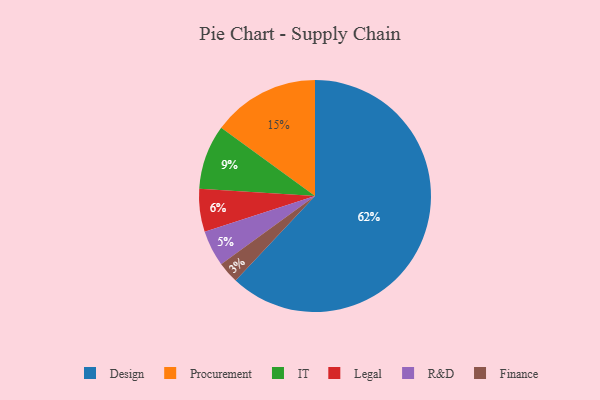
{"axis": {"x": "Category", "y": "Percentage"}, "legend": ["Design", "Finance", "IT", "Legal", "Procurement", "R&D"], "data": [{"x": "Legal", "y": 6, "type": "Legal"}, {"x": "Procurement", "y": 15, "type": "Procurement"}, {"x": "R&D", "y": 5, "type": "R&D"}, {"x": "IT", "y": 9, "type": "IT"}, {"x": "Finance", "y": 3, "type": "Finance"}, {"x": "Design", "y": 62, "type": "Design"}]}